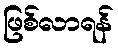
ဖြစ်လာရန်